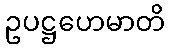
ဥပဋ္ဌဟေမာတိ